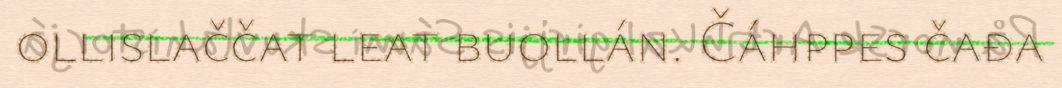
ollislaččat leat buollán. Čáhppes čađa